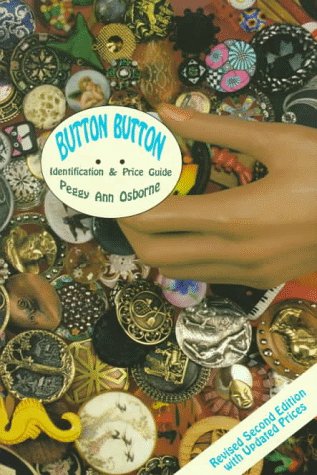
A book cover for Button Button: Identification and Price Guide; Peggy Ann Osborne; Crafts, Hobbies & Home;